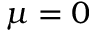
\mu = 0